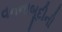
વનનાબૂદીની